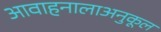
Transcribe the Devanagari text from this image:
आवाहनालाअनुकूल